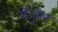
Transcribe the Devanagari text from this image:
ग्रॅजुयेट